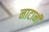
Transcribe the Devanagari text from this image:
नाटानी